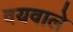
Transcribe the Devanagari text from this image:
वयवाले